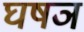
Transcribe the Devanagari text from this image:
घषञ